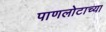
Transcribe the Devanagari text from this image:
पाणलोटाच्या